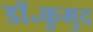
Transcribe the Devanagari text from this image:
डॉ॰कुमुद